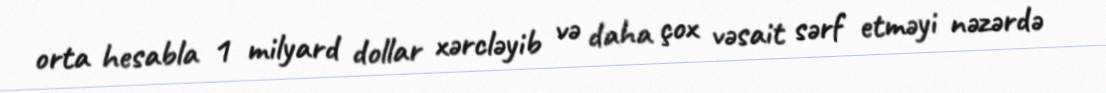
orta hesabla 1 milyard dollar xərcləyib və daha çox vəsait sərf etməyi nəzərdə